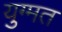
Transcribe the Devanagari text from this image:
युग्मत